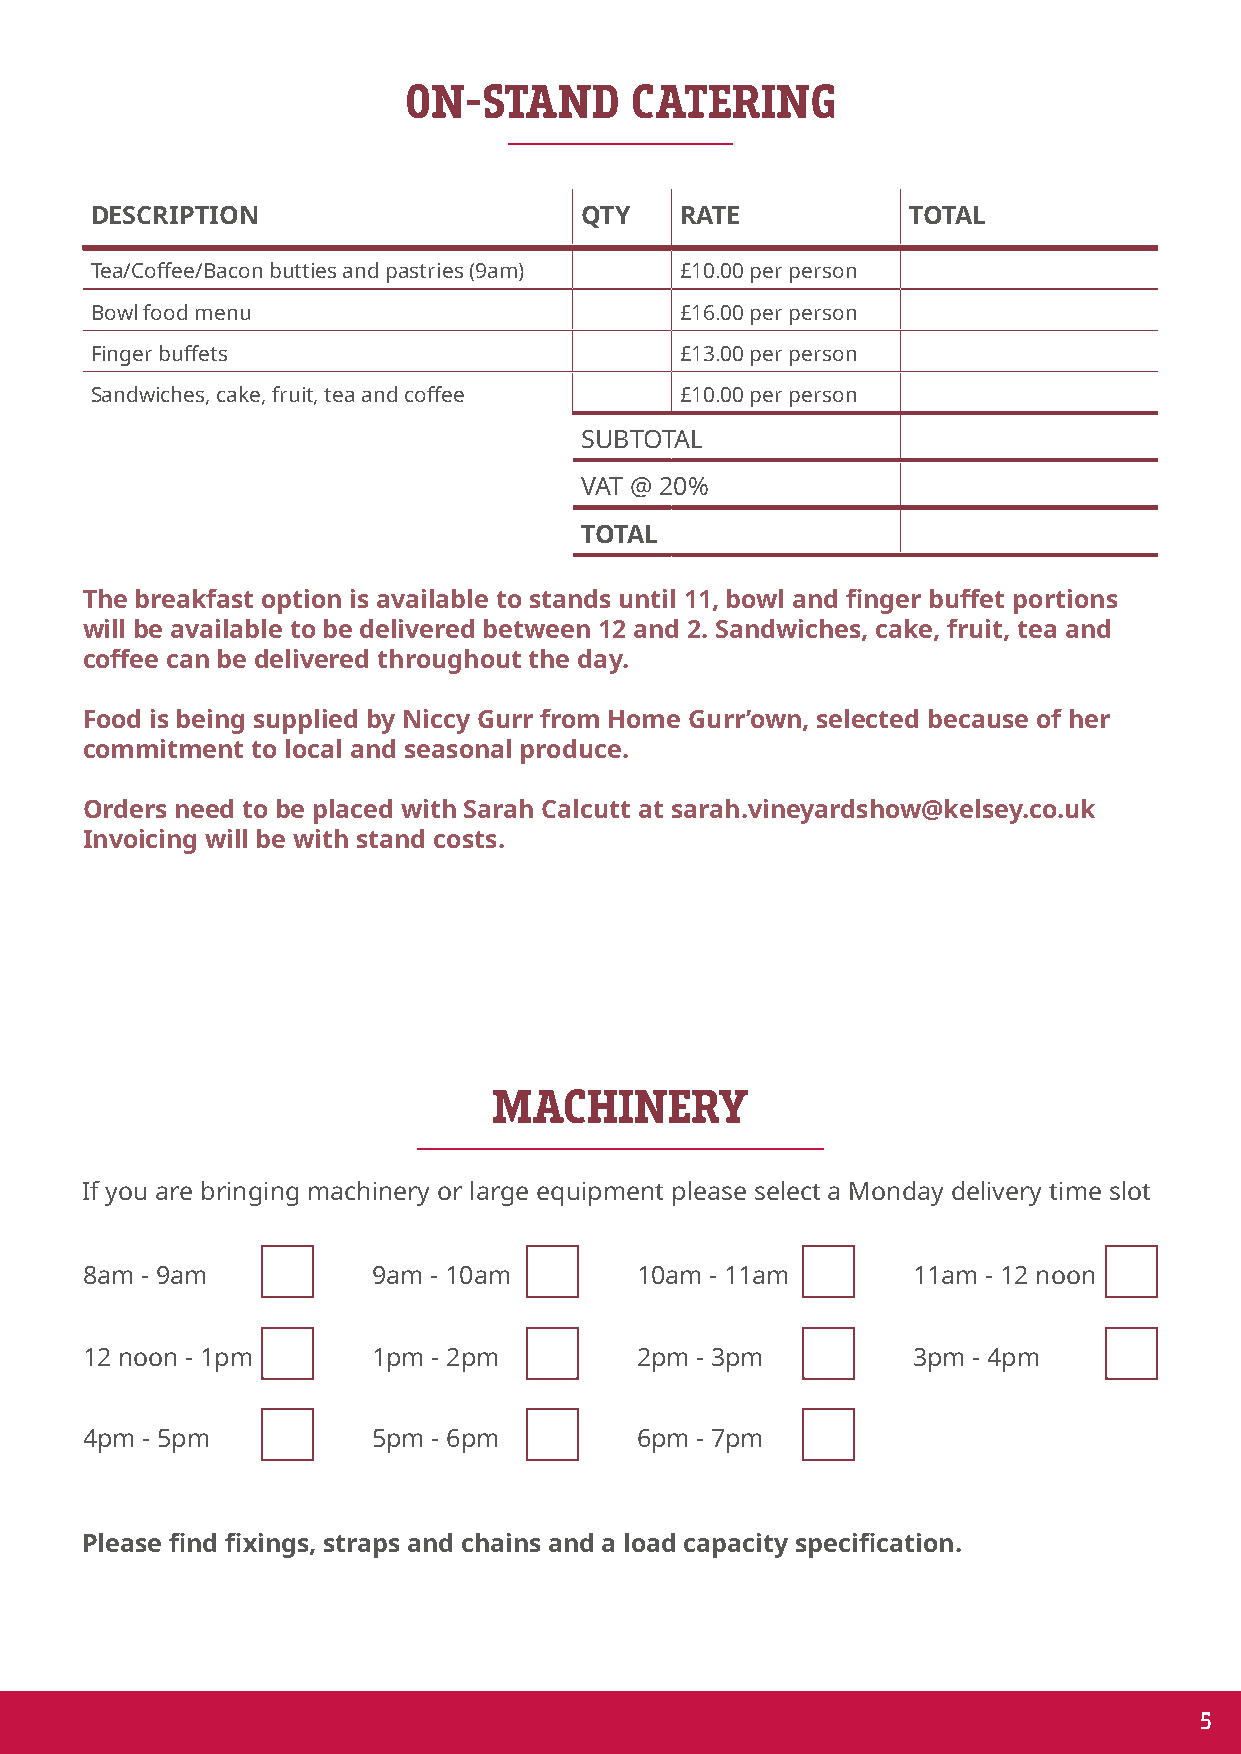
MEASUREMENTS               ON-STAND       CATERING
 DESCRIPTION                     QTY    RATE           TOTAL
 Tea/Coffee/Bacon butties and pastries (9am) £10.00 per person
 Bowl food menu                         £16.00 per person
 Finger buffets                         £13.00 per person
 Sandwiches, cake, fruit, tea and coffee £10.00 per person
 SUBTOTAL
 VAT @ 20%
 TOTAL
 The breakfast option is available to stands until 11, bowl and finger buffet portions
 will be available to be delivered between 12 and 2. Sandwiches, cake, fruit, tea and
 coffee can be delivered throughout the day.
 Food is being supplied by Niccy Gurr from Home Gurr’own, selected because of her
 commitment  to local and seasonal produce.
 Orders need to be placed with Sarah Calcutt at sarah.vineyardshow@kelsey.co.uk
 Invoicing will be with stand costs.
 CHECKLIST                        MACHINERY
 If you are bringing machinery or large equipment please select a Monday delivery time slot
 8am - 9am           9am - 10am       10am - 11am       11am - 12 noon
 12 noon - 1pm       1pm - 2pm        2pm - 3pm         3pm - 4pm
 4pm - 5pm           5pm - 6pm        6pm - 7pm
 Please find fixings, straps and chains and a load capacity specification.
 5